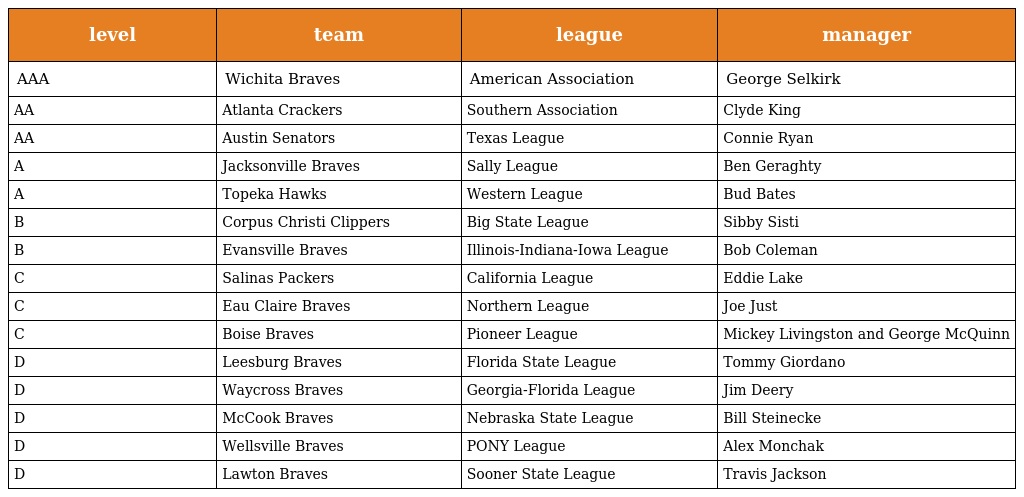
| level | team | league | manager |
 | --- | --- | --- | --- |
 | AAA | Wichita Braves | American Association | George Selkirk |
 | AA | Atlanta Crackers | Southern Association | Clyde King |
 | AA | Austin Senators | Texas League | Connie Ryan |
 | A | Jacksonville Braves | Sally League | Ben Geraghty |
 | A | Topeka Hawks | Western League | Bud Bates |
 | B | Corpus Christi Clippers | Big State League | Sibby Sisti |
 | B | Evansville Braves | Illinois-Indiana-Iowa League | Bob Coleman |
 | C | Salinas Packers | California League | Eddie Lake |
 | C | Eau Claire Braves | Northern League | Joe Just |
 | C | Boise Braves | Pioneer League | Mickey Livingston and George McQuinn |
 | D | Leesburg Braves | Florida State League | Tommy Giordano |
 | D | Waycross Braves | Georgia-Florida League | Jim Deery |
 | D | McCook Braves | Nebraska State League | Bill Steinecke |
 | D | Wellsville Braves | PONY League | Alex Monchak |
 | D | Lawton Braves | Sooner State League | Travis Jackson |